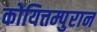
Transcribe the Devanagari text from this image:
कोयित्तम्पुरान